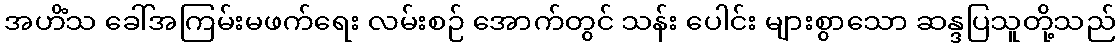
အဟိံသ ခေါ်အကြမ်းမဖက်ရေး လမ်းစဉ် အောက်တွင် သန်း ပေါင်း များစွာသော ဆန္ဒပြသူတို့သည်